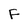
Character: F